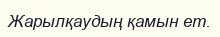
Жарылқаудың қамын ет.